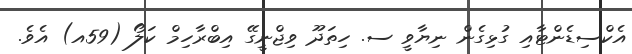
އެކްސިޑެންޓާއި ގުޅިގެން ނިޔާވީ ސ. ހިތަދޫ ވިޖްނީގޭ އިބްރާހިމް ކަލޯ (59އ) އެވެ.